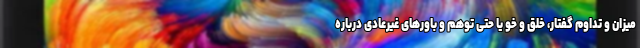
میزان و تداوم گفتار، خلق و خو یا حتی توهم و باورهای غیرعادی درباره